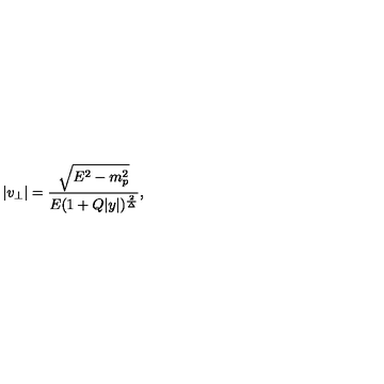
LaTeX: | v _ { \perp } | = { \frac { \sqrt { E ^ { 2 } - m _ { p } ^ { 2 } } } { E ( 1 + Q | y | ) ^ { \frac { 2 } { \Delta } } } } ,